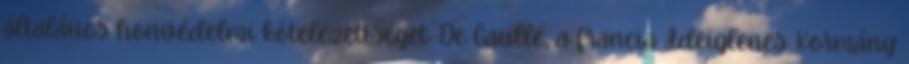
általános honvédelmi kötelezettséget. De Gaulle, a francia Ideiglenes Kormány